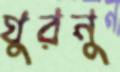
ঘুরনু